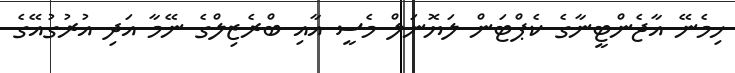
ހިމެނޭ އާޖެންޓީނާގެ ކެޕްޓަން ލަޔޮނަލް މެސީ އާއި ބްރެޒިލްގެ ނޭމާ އަދި އުރުގުއޭގެ